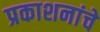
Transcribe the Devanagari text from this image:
प्रकाशनांचे